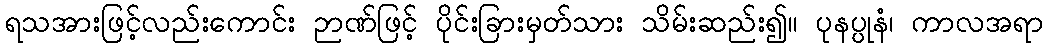
ရသအားဖြင့်လည်းကောင်း ဉာဏ်ဖြင့် ပိုင်းခြားမှတ်သား သိမ်းဆည်း၍။ ပုနပ္ပုနံ၊ ကာလအရာ